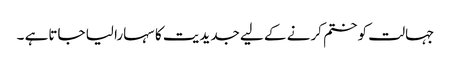
جہالت کو ختم کرنے کے لیے جدیدیت کا سہارا لیا جاتاہے ۔